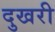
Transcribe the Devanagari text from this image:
दुखरी